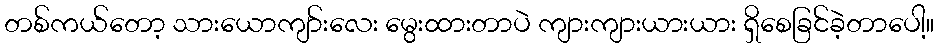
တစ်ကယ်တော့ သားယောကျာ်းလေး မွေးထားတာပဲ ကျားကျားယားယား ရှိစေခြင်ခဲ့တာပေါ့။